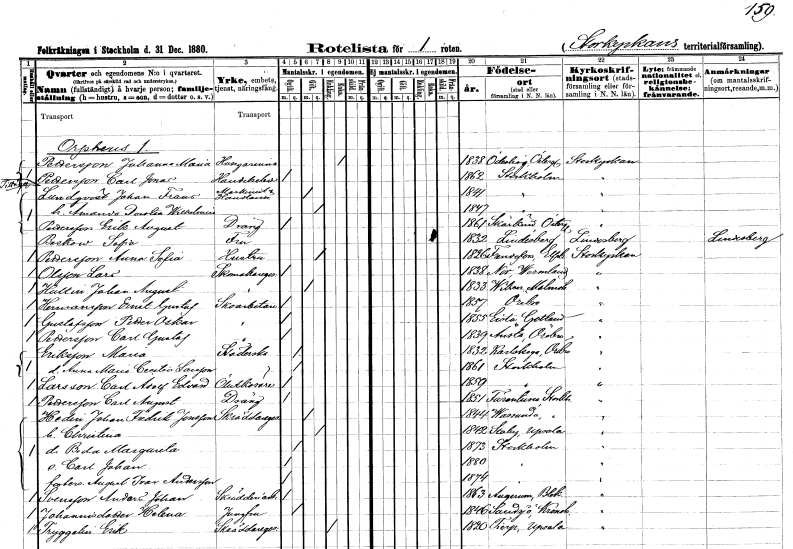
gt_parse: households: individuals: FN: Johanna Maria
EN: Pettersson
YRKE: Husägarinna
KON: K
CIV: E
FODAR: 1838
FODFORS: Ödeshög Östergötlands län
FN: Carl Jonas
EN: Pettersson
YRKE: Handelselev
KON: M
CIV: O
FODAR: 1862
FODFORS: Stockholm
FN: Johan Frans
EN: Lundqvist
YRKE: Maskinist Handlande
KON: M
CIV: G
FODAR: 1841
FODFORS: Stockholm
FN: Amanda Dorotea Wilhelmina
KON: K
CIV: G
FODAR: 1847
FODFORS: Stockholm
FN: Erik August
EN: Pettersson
YRKE: Dräng
KON: M
CIV: O
FODAR: 1861
FODFORS: Skärkind Östergötlands län
FN: Sofia
EN: Beskow
KON: K
CIV: E
FODAR: 1832
FODFORS: Lindesberg Örebro län
FN: Anna Sofia
EN: Pettersson
YRKE: Hustru
KON: K
CIV: G
FODAR: 1826
FODFORS: Frändefors Älvsborgs län
FN: Lars
EN: Olsson
YRKE: Skomakaregesäll
KON: M
CIV: O
FODAR: 1838
FODFORS: Nor Värmlands län
FN: Johan August
EN: Hultin
YRKE: Skomakaregesäll
KON: M
CIV: G
FODAR: 1833
FODFORS: Viken Malmöhus län
FN: Ernst Gustaf
EN: Hermansson
YRKE: Skoarbetare
KON: M
CIV: O
FODAR: 1857
FODFORS: Örebro Örebro län
FN: Petter Oskar
EN: Gustafsson
YRKE: Skoarbetare
KON: M
CIV: O
FODAR: 1855
FODFORS: Eksta Gotlands län
FN: Carl Gustaf
EN: Pettersson
YRKE: Skoarbetare
KON: M
CIV: O
FODAR: 1839
FODFORS: Ånsta Örebro län
FN: Maria
EN: Eriksson
YRKE: Städerska
KON: K
CIV: O
FODAR: 1832
FODFORS: Karlskoga Örebro län
FN: Anna Maria Cecilia
EN: Larsson
KON: K
CIV: O
FODAR: 1861
FODFORS: Stockholm
FN: Carl Adolf Edvard
EN: Larsson
YRKE: Ölutkörare
KON: M
CIV: O
FODAR: 1859
FODFORS: Stockholm
FN: Carl August
EN: Pettersson
YRKE: Dräng
KON: M
CIV: O
FODAR: 1851
FODFORS: Färentuna Stockholms län
FN: Johan Fredrik
EN: Hedin Jonsson
YRKE: Skräddaregesäll
KON: M
CIV: G
FODAR: 1844
FODFORS: Vassunda Uppsala län
FN: Christina
KON: K
CIV: G
FODAR: 1842
FODFORS: Stavby Uppsala län
FN: Beda Margareta
KON: K
CIV: O
FODAR: 1873
FODFORS: Stockholm
FN: Carl Johan
KON: M
CIV: O
FODAR: 1880
FODFORS: Stockholm
FN: August Ivar
EN: Andersson
KON: M
CIV: O
FODAR: 1874
FODFORS: Stockholm